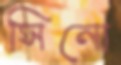
সিনো